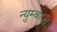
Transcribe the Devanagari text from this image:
न्युम्बानी